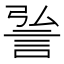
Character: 𮘆